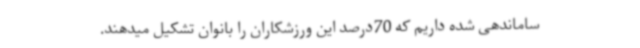
ساماندهی شده داریم که 70درصد این ورزشکاران را بانوان تشکیل میدهند.